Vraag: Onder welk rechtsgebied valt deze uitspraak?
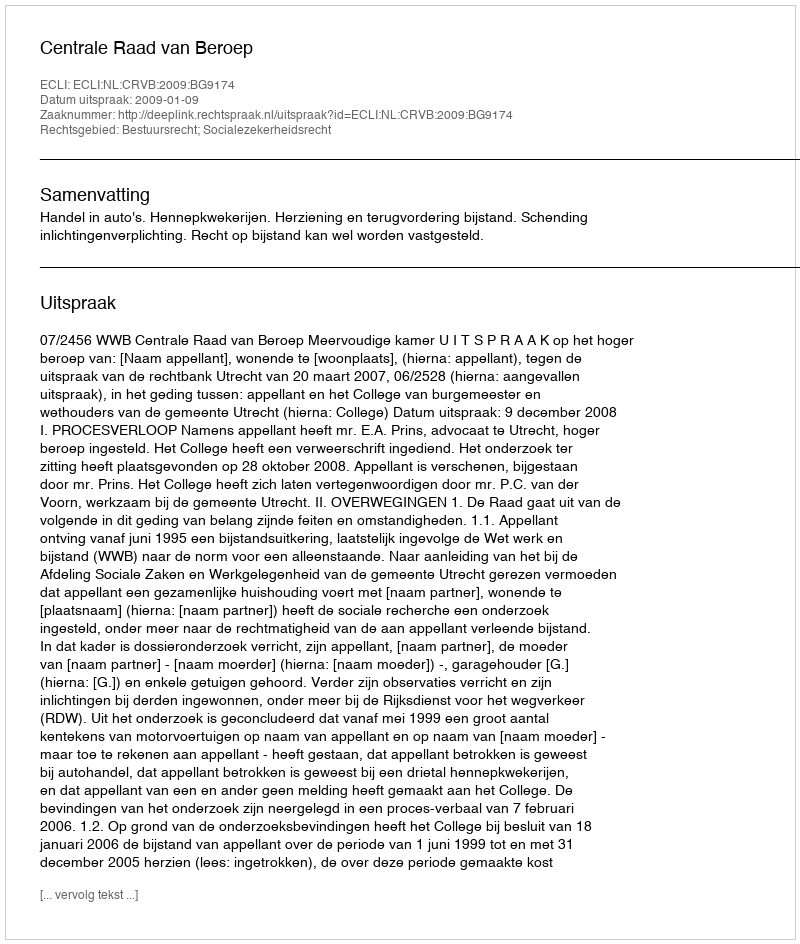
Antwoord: Bestuursrecht; Socialezekerheidsrecht